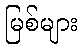
မြစ်များ